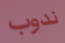
ندوب